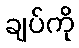
ချပ်ကို